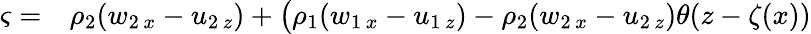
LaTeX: \begin{array}{rl}{\varsigma=}&{{}\rho_{2}(w_{2\, x}-u_{2\, z})+\big(\rho_{1}(w_{1\, x}-u_{1\, z})-\rho_{2}(w_{2\, x}-u_{2\, z})\theta(z-\zeta(x))}\end{array}